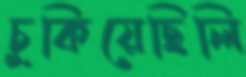
চুকিয়েছিলি